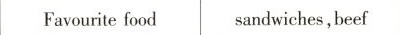
Favourite food sandwiches, beef